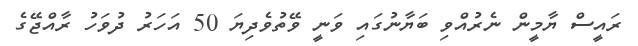
ރައީސް ޔާމީން ނެރުއްވި ބަޔާނުގައި ވަނީ ވޭތުވެދިޔަ 50 އަހަރު ދުވަހު ރާއްޖޭގެ